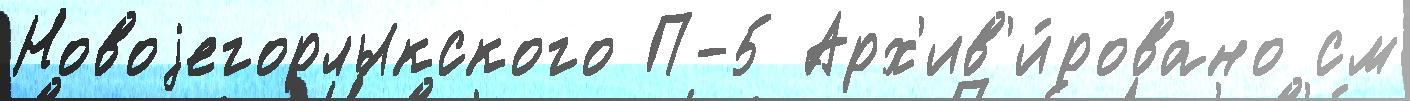
Новоjегорлыкского П-5 Арх'ив'и́ровано см